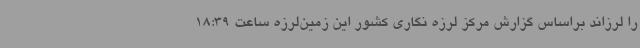
را لرزاند براساس گزارش مرکز لرزه نگاری کشور این زمین‌لرزه ساعت 18:39